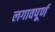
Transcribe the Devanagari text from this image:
लगावपूर्ण